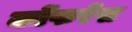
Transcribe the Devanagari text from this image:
कोंफरेंस